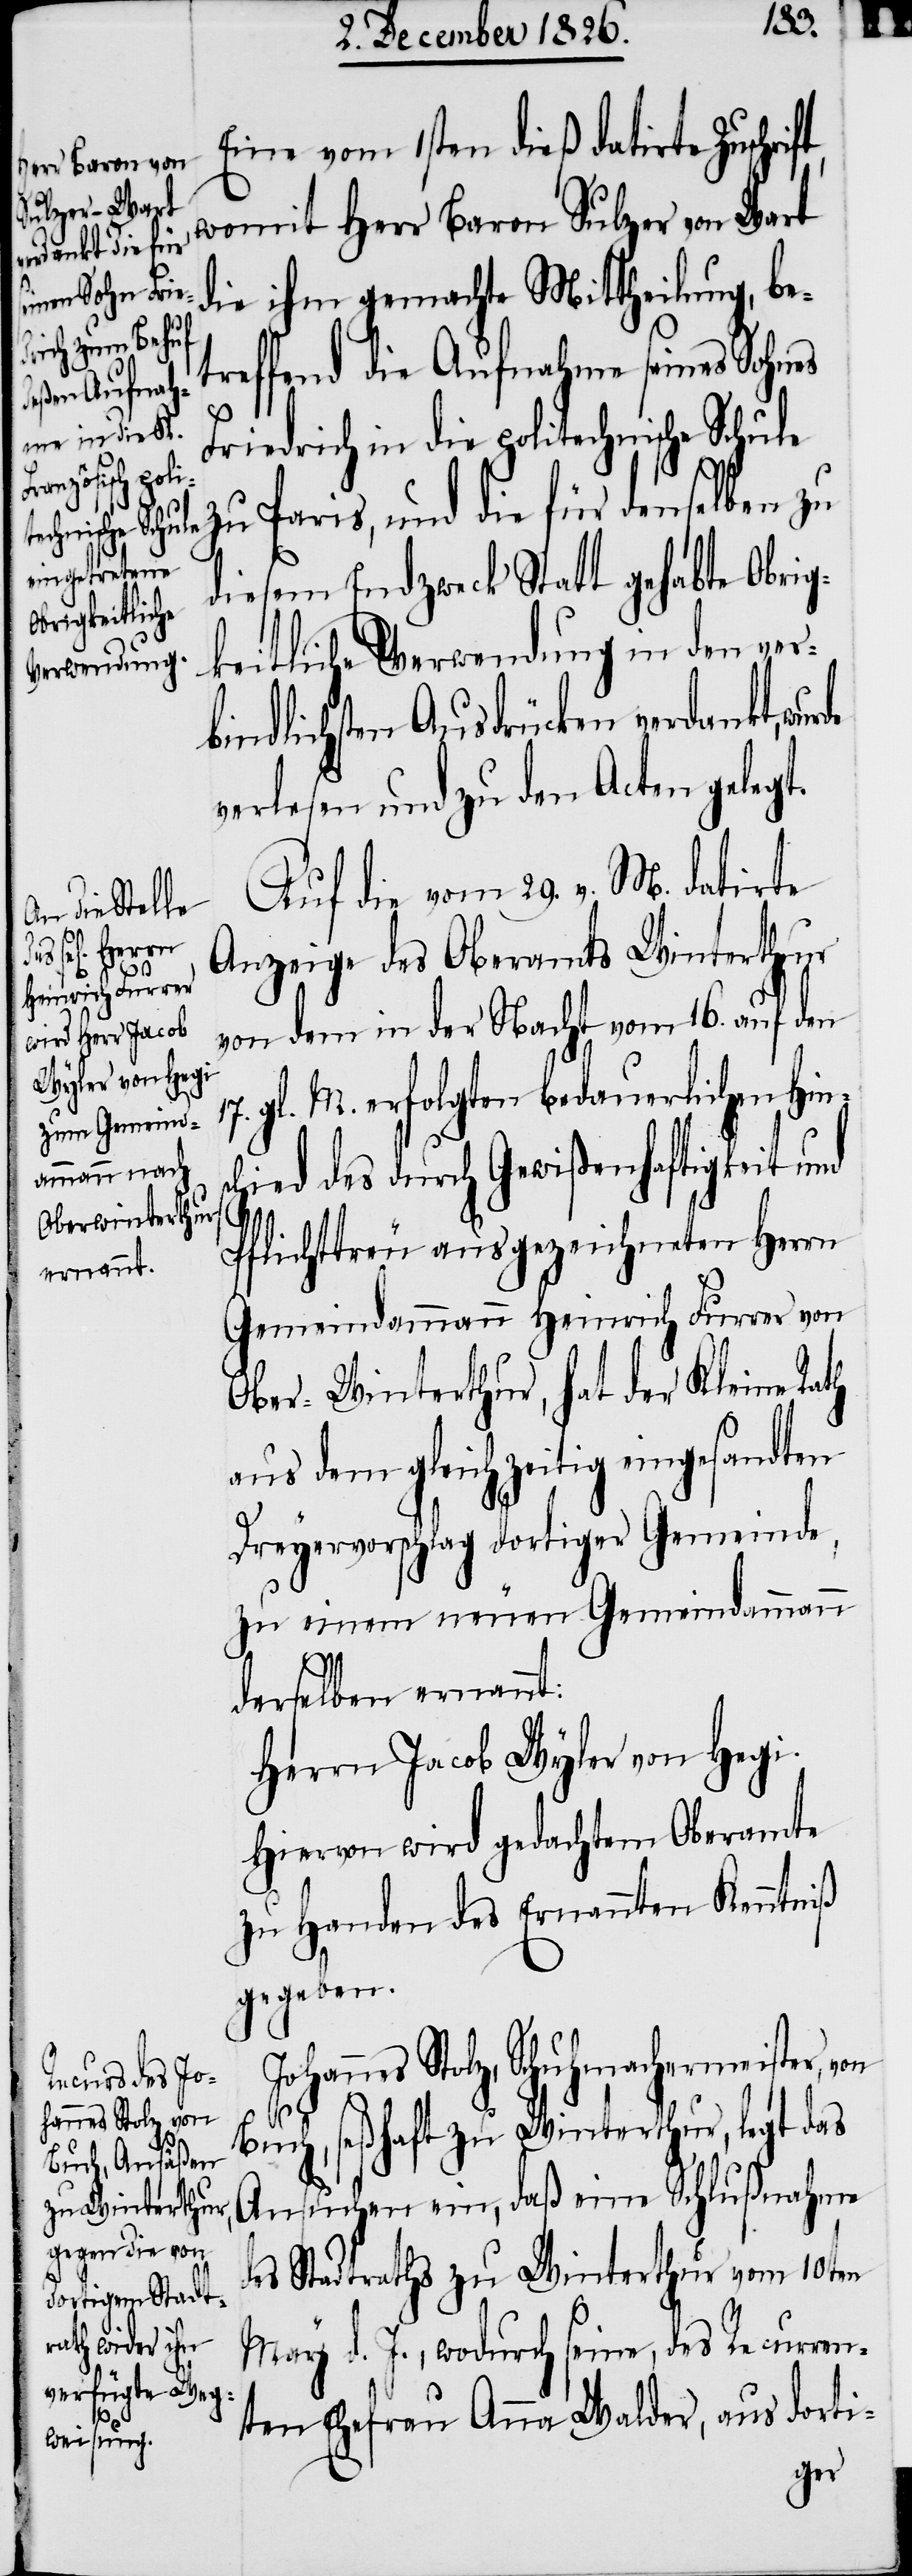
de

Eine vom 1sten dieß datirte Zuschrif¬
womit Herr Baron Sulzer von Wart
die ihm gemachte Mittheilung, be¬
treffend die Aufnahme seines Sohnes
Friedrich in die politechnische Schule
zu Paris, und die für denselben zu
diesem Endzweck Statt gehabte Obrig¬
keitliche Verwendung in den ver¬
bindlichsten Ausdrücken verdankt, wur¬
verlesen und zu den Acten gelegt.
Auf die vom 29. v. M. datirte
Anzeige des Oberamts Winterthur
von dem in der Nacht vom 16. auf den
gl. M. erfolgten bedauerlichen Hins¬
chied des durch Gewißenhaftigkeit und
Pflichttreu ausgezeichneten Herrn
Gemeindammann Heinrich Furrer von
Ober-Winterthur, hat der Kleine Rath
aus dem gleichzeitig eingesandten
Dreyervorschlag dortiger Gemeinde,
zu einem neuen Gemeindammann
derselben ernannt:
Herrn Jacob Wyler von Hegi.
Hiervon wird gedachtem Oberamte
zu Handen des Ernannten Kenntniß
gegeben.
Stolz, Schuhmachermeister,
von
Buch, seßhaft zu Winterthur, legt das
Ansuchen ein, daß eine Schlußnahme
des Stadtraths zu Winterthur vom 10ten
May d. J., wodurch seine, des Recurren¬
ten Ehefrau Anna Walder, aus dorti-